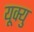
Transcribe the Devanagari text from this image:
यूक्यु